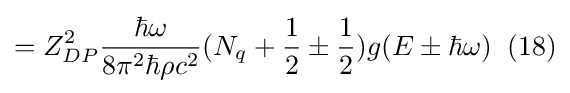
=Z_{DP}^{2}{\frac {\hbar \omega }{8\pi ^{2}\hbar \rho c^{2}}}(N_{q}+{\frac {1}{2}}\pm {\frac {1}{2}})g(E\pm \hbar \omega )\;\;(18)